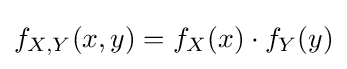
f_{X,Y}(x,y)=f_{X}(x)\cdot f_{Y}(y)